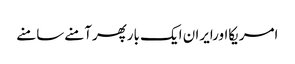
امریکااورایران ایک بارپھرآمنےسامنے